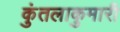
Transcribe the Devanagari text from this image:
कुंतलाकुमारी